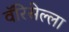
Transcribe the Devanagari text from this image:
वॅरिसेल्ला